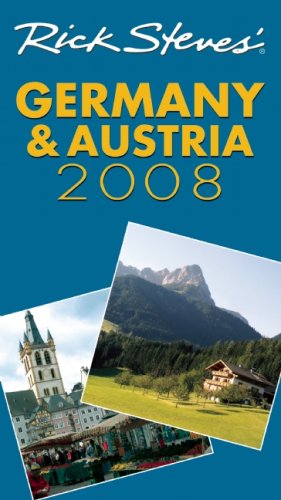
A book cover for Rick Steves' Germany and Austria 2008; Rick Steves; Travel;